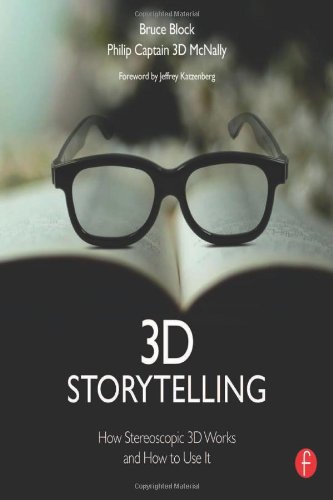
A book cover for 3D Storytelling: How Stereoscopic 3D Works and How to Use It; Bruce Block; Computers & Technology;